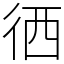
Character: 徆